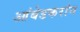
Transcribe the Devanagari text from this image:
आंबेडकरांन